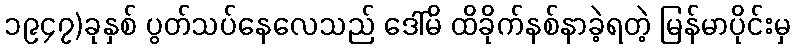
၁၉၄၇)ခုနှစ် ပွတ်သပ်နေလေသည် ဒေါ်မိ ထိခိုက်နစ်နာခဲ့ရတဲ့ မြန်မာပိုင်းမှ